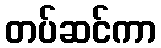
တပ်ဆင်ကာ